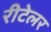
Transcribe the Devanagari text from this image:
रीटेलर